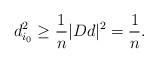
LaTeX: \begin{align*}d_{i_0} ^2 \geq \frac{1}{n} |D d|^2 = \frac{1}{n}.\end{align*}